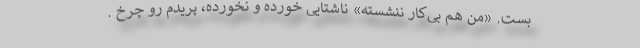
بست. «من هم بی‌کار ننشسته» ناشتایی خورده و نخورده، پریدم رو چرخ .